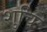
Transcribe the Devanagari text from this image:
शुचिः